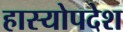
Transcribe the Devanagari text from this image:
हास्योपदेश